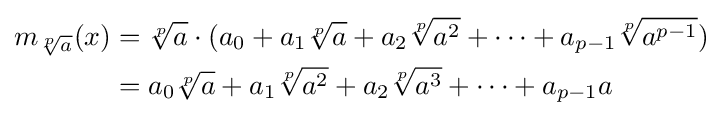
{\begin{aligned}m_{\sqrt[{p}]{a}}(x)&={\sqrt[{p}]{a}}\cdot (a_{0}+a_{1}{\sqrt[{p}]{a}}+a_{2}{\sqrt[{p}]{a^{2}}}+\cdots +a_{p-1}{\sqrt[{p}]{a^{p-1}}})\\&=a_{0}{\sqrt[{p}]{a}}+a_{1}{\sqrt[{p}]{a^{2}}}+a_{2}{\sqrt[{p}]{a^{3}}}+\cdots +a_{p-1}a\end{aligned}}